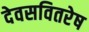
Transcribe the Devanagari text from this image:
देवसवितरेष